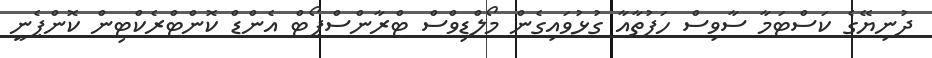
ދުނިޔޭގެ ކަސްޓަމާ ސާވިސް ހަފުތާއާ ގުޅުވައިގެން މޯލްޑިވްސް ޓްރާންސްޕޯޓް އެންޑް ކޮންޓްރެކްޓިން ކޮންޕެނީ